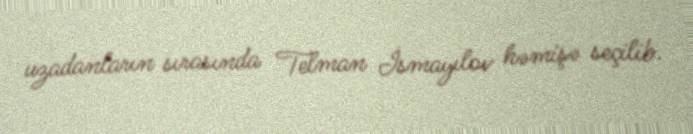
uzadanların sırasında Telman İsmayılov həmişə seçilib.